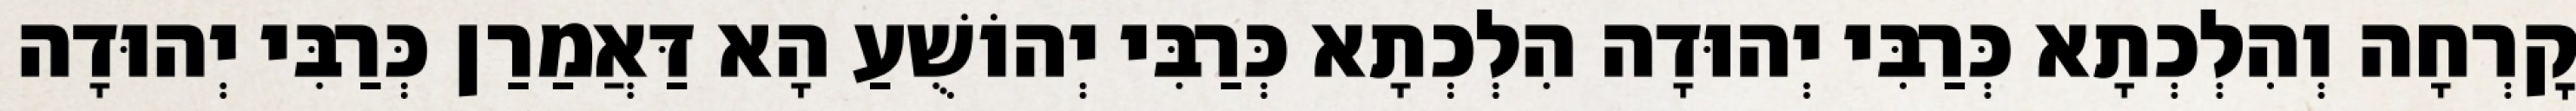
קׇרְחָה וְהִלְכְתָא כְּרַבִּי יְהוּדָה הִלְכְתָא כְּרַבִּי יְהוֹשֻׁעַ הָא דַּאֲמַרַן כְּרַבִּי יְהוּדָה